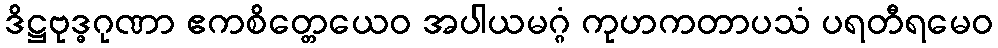
ဒိဋ္ဌဗုဒ္ဓဂုဏာ ဧကစိတ္တေယေဝ အပါယမဂ္ဂံ ကုဟကတာပသံ ပရတီရမေဝ